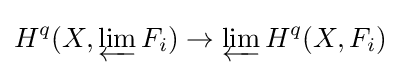
H^{q}(X,\varprojlim F_{i})\to \varprojlim H^{q}(X,F_{i})